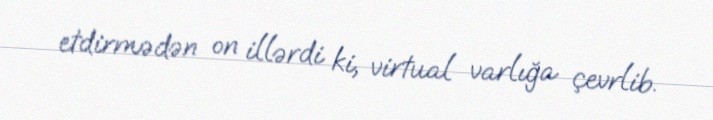
etdirmədən on illərdi ki, virtual varlığa çevrlib.